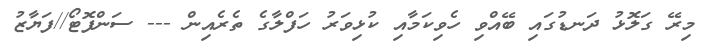
މިރޭ ގަލޮޅު ދަނޑުގައި ބޭއްވި ހެވިކަމާއި ކުޅިވަރު ހަފްލާގެ ތެރެއިން --- ސަންފޮޓޯ//ފަޔާޒު